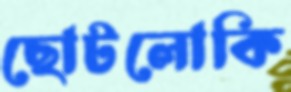
ছোটলোকি